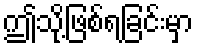
ဤသို့ဖြစ်ရခြင်းမှာ